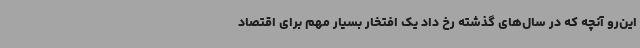
این‌رو آنچه که در سال‌های گذشته رخ داد یک افتخار بسیار مهم برای اقتصاد